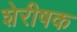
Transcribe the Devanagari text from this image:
शेरीषक